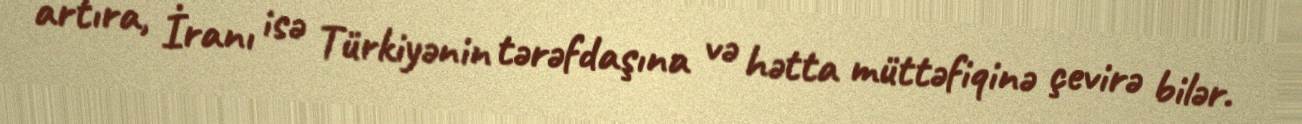
artıra, İranı isə Türkiyənin tərəfdaşına və hətta müttəfiqinə çevirə bilər.